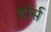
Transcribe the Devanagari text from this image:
हाॅर्स